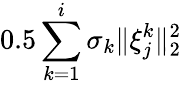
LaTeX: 0.5\sum_{k=1}^{i}\sigma_{k}\| \xi_{j}^{k}\| _{2}^{2}